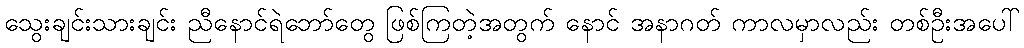
သွေးချင်းသားချင်း ညီနောင်ရဲဘော်တွေ ဖြစ်ကြတဲ့အတွက် နောင် အနာဂတ် ကာလမှာလည်း တစ်ဦးအပေါ်